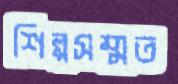
শিল্পসম্মত